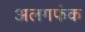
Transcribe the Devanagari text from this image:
अलगफंक